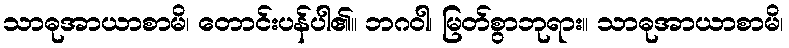
သာဓုအာယာစာမိ၊ တောင်းပန်ပါ၏။ ဘဂဝါ၊ မြတ်စွာဘုရား။ သာဓုအာယာစာမိ၊